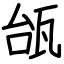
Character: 瓵